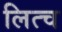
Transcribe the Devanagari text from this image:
लित्च